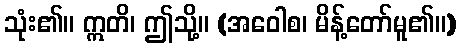
သုံး၏။ ဣတိ၊ ဤသို့။ (အဝေါစ၊ မိန့်တော်မူ၏။)